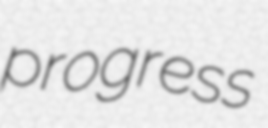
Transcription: progress